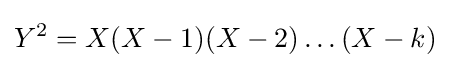
Y^{2}=X(X-1)(X-2)\ldots (X-k)